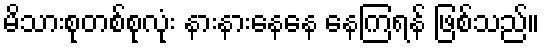
မိသားစုတစ်စုလုံး နားနားနေနေ နေကြရန် ဖြစ်သည်။